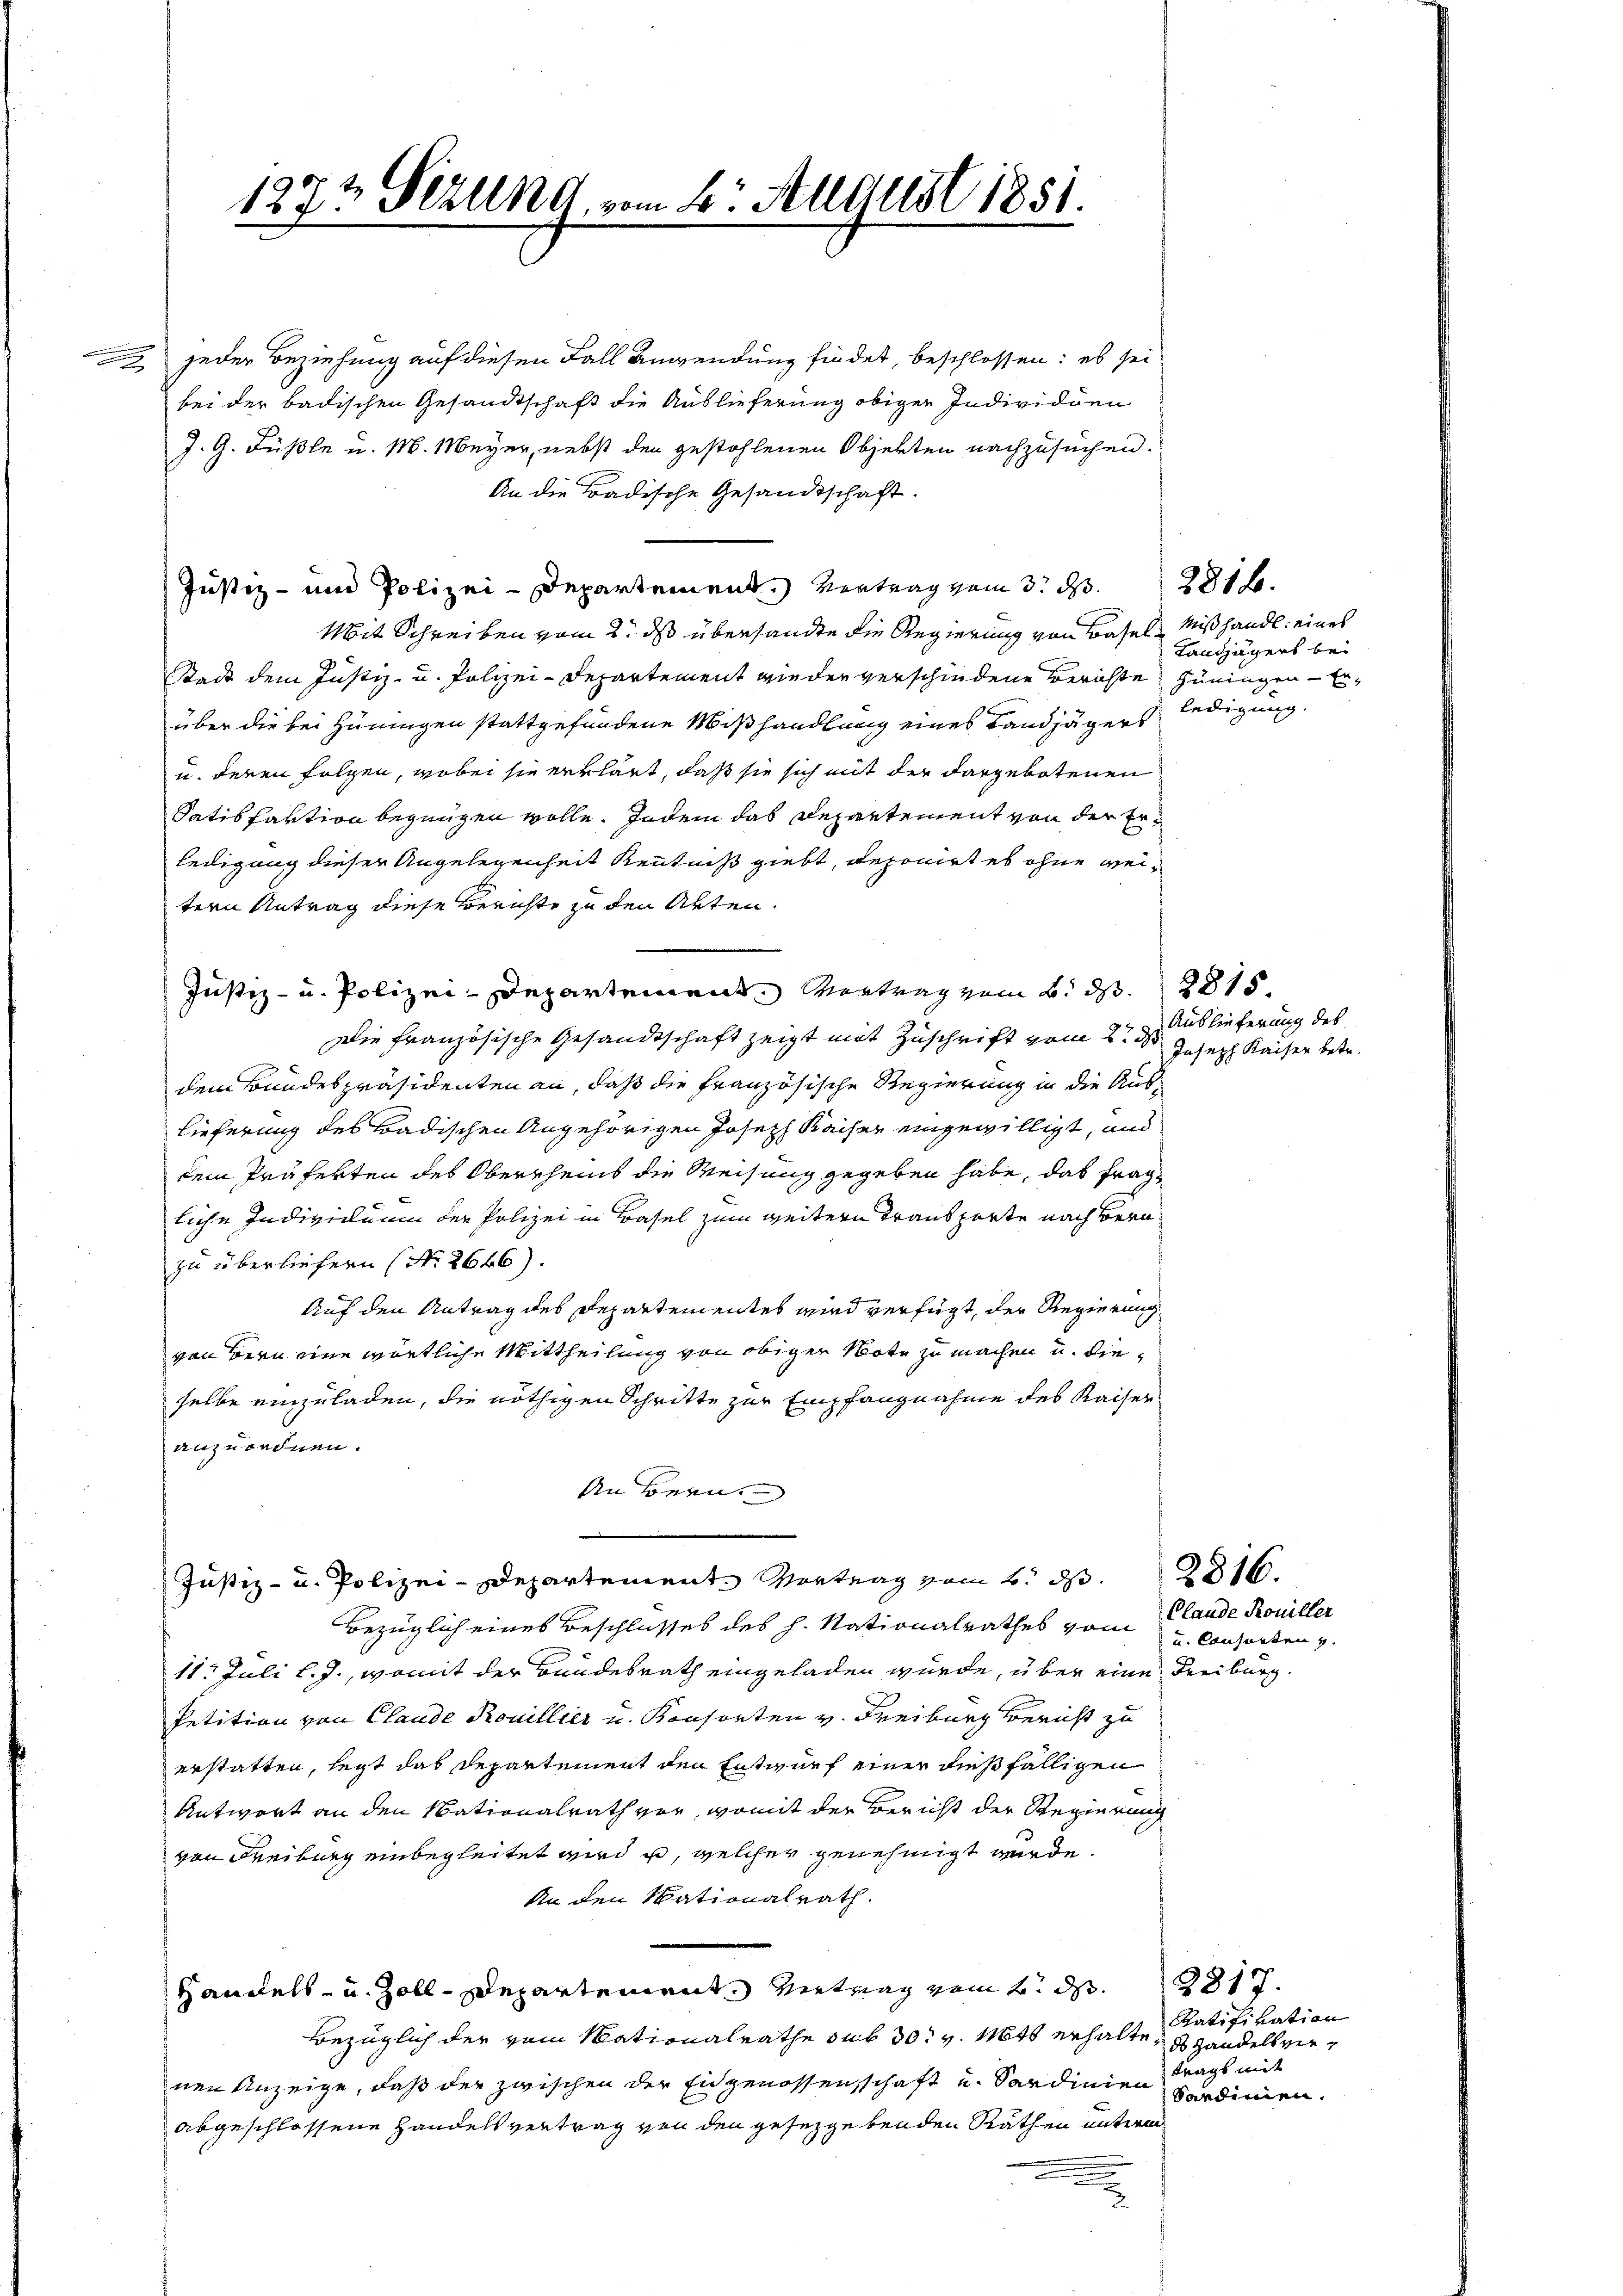
.
x

jeder Beziehung auf diesen Fall Anwendung findet, beschlossen: es sei
bei der badischen Gesandtschaft die Auslieferung obiger Individuen
J. G. Füßle u. M. Meyer, nebst den gestohlenen Objekten nachzusuchen.
An die Badische Gesandtschaft.
Justiz- und Polizei-Departement.) Vertrag vom 3. d.
Mit Schreiben vom 2. ds übersandte die Regierung von Basel, Mißhandl. eines
Stadt dem Justiz- u. Polizei-Departement wieder verschiedene Berichte Hüningen - Erüber die bei Hüningen stattgefundene Mißhandlung eines Landjägers ledigung.
u. deren folgen, wobei sie erklärt, daß sie sich mit der dargebotenen
Satisfaktion begnügen wolle. Indem das Departement von der Erledigung dieser Angelegenheit Kenntniß giebt, deponirt es ohne weitern Antrag diese Berichte zu den Arten.
Justiz- u. Polizei-Departement. Vortrag vom 6. d. 281
Die französische Gesandtschaft zeigt mit Zuschrift vom 2. ds
dem Bundespräsidenten an, daß die Französische Regierung in die Auslieferung des Badischen Angehörigen Joseph Kaiser eingewilligt, und
dem Präferten des Oberehens die Weisung gegeben habe, das fragliche Individuum der Polizei in Basel zum weitern Transporte nach Beruzu überliefern (No. 2646).
Auf den Antrag des Departementes wird verfügt, der Regierung
von Bern eine wörtliche Mittheilung von obiger Note zu machen u. dieselbe einzuladen, die nöthigen Schritte zur Empfangnahme des Kaiser
anzurednen.
An Bern.
Justiz- u. Polizei-Departement. Vortrag vom 2. d. 281.
Bezüglich eines Beschlusses des h. Nationalrathes vom 2. Ansorten v.
11. Juli l. J., womit der Bundesrath eingeladen würde, über eine Freiburg.
Petition von Claude Rouillier u. Konsorten v. Freiburg Bericht zu
erstatten, legt das Departement den Entwurf einer dießfälligen
Antwort an den Nationalrath vor, womit der Bericht der Regierung
von Freiburg einbegleitet wird u, welcher genehmigt werde.
An den Sationalrath
Handels- u. Zoll-Departement. Vietrag vom 2. d. 281.
Bezüglich der vom Mationalrathe sub 30. v. Mitt erhalte,
nen Anzeige, daß der zwischen der Eidgenossenschaft und Sardinien verdinien.
abgeschlossene Handelsvertrag von den gesetzgebenden Räthen entwor

1273 Sezung, vom 2. August 1851.

Landjägers bei

3816.

Auslieferung des
Joseph Kaiser betr.

Clande Rouiller

Ratifivation
ds Handelsvertrags mit